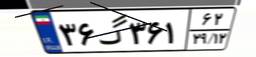
۳۶گ۳۶۱۶۲